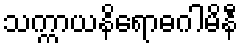
သက္ကာယနိရောဓဂါမိနီ